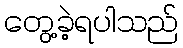
တွေ့ခဲ့ရပါသည်